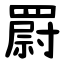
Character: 罻